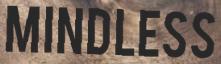
MINDLESS